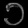
Digit: ၁